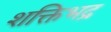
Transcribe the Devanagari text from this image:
शक्तिभद्र